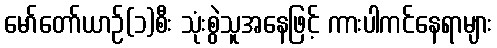
မော်တော်ယာဉ်(၁)စီး သုံးစွဲသူအနေဖြင့် ကားပါကင်နေရာများ